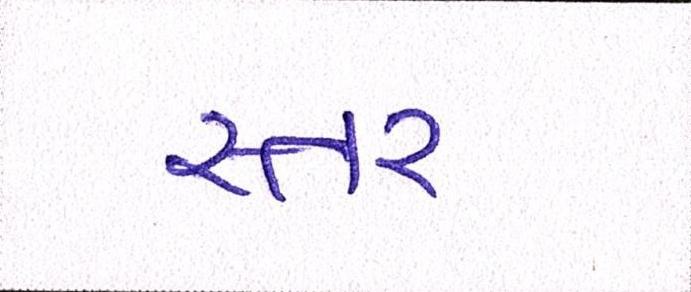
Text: સ્તર